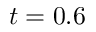
t = 0 . 6